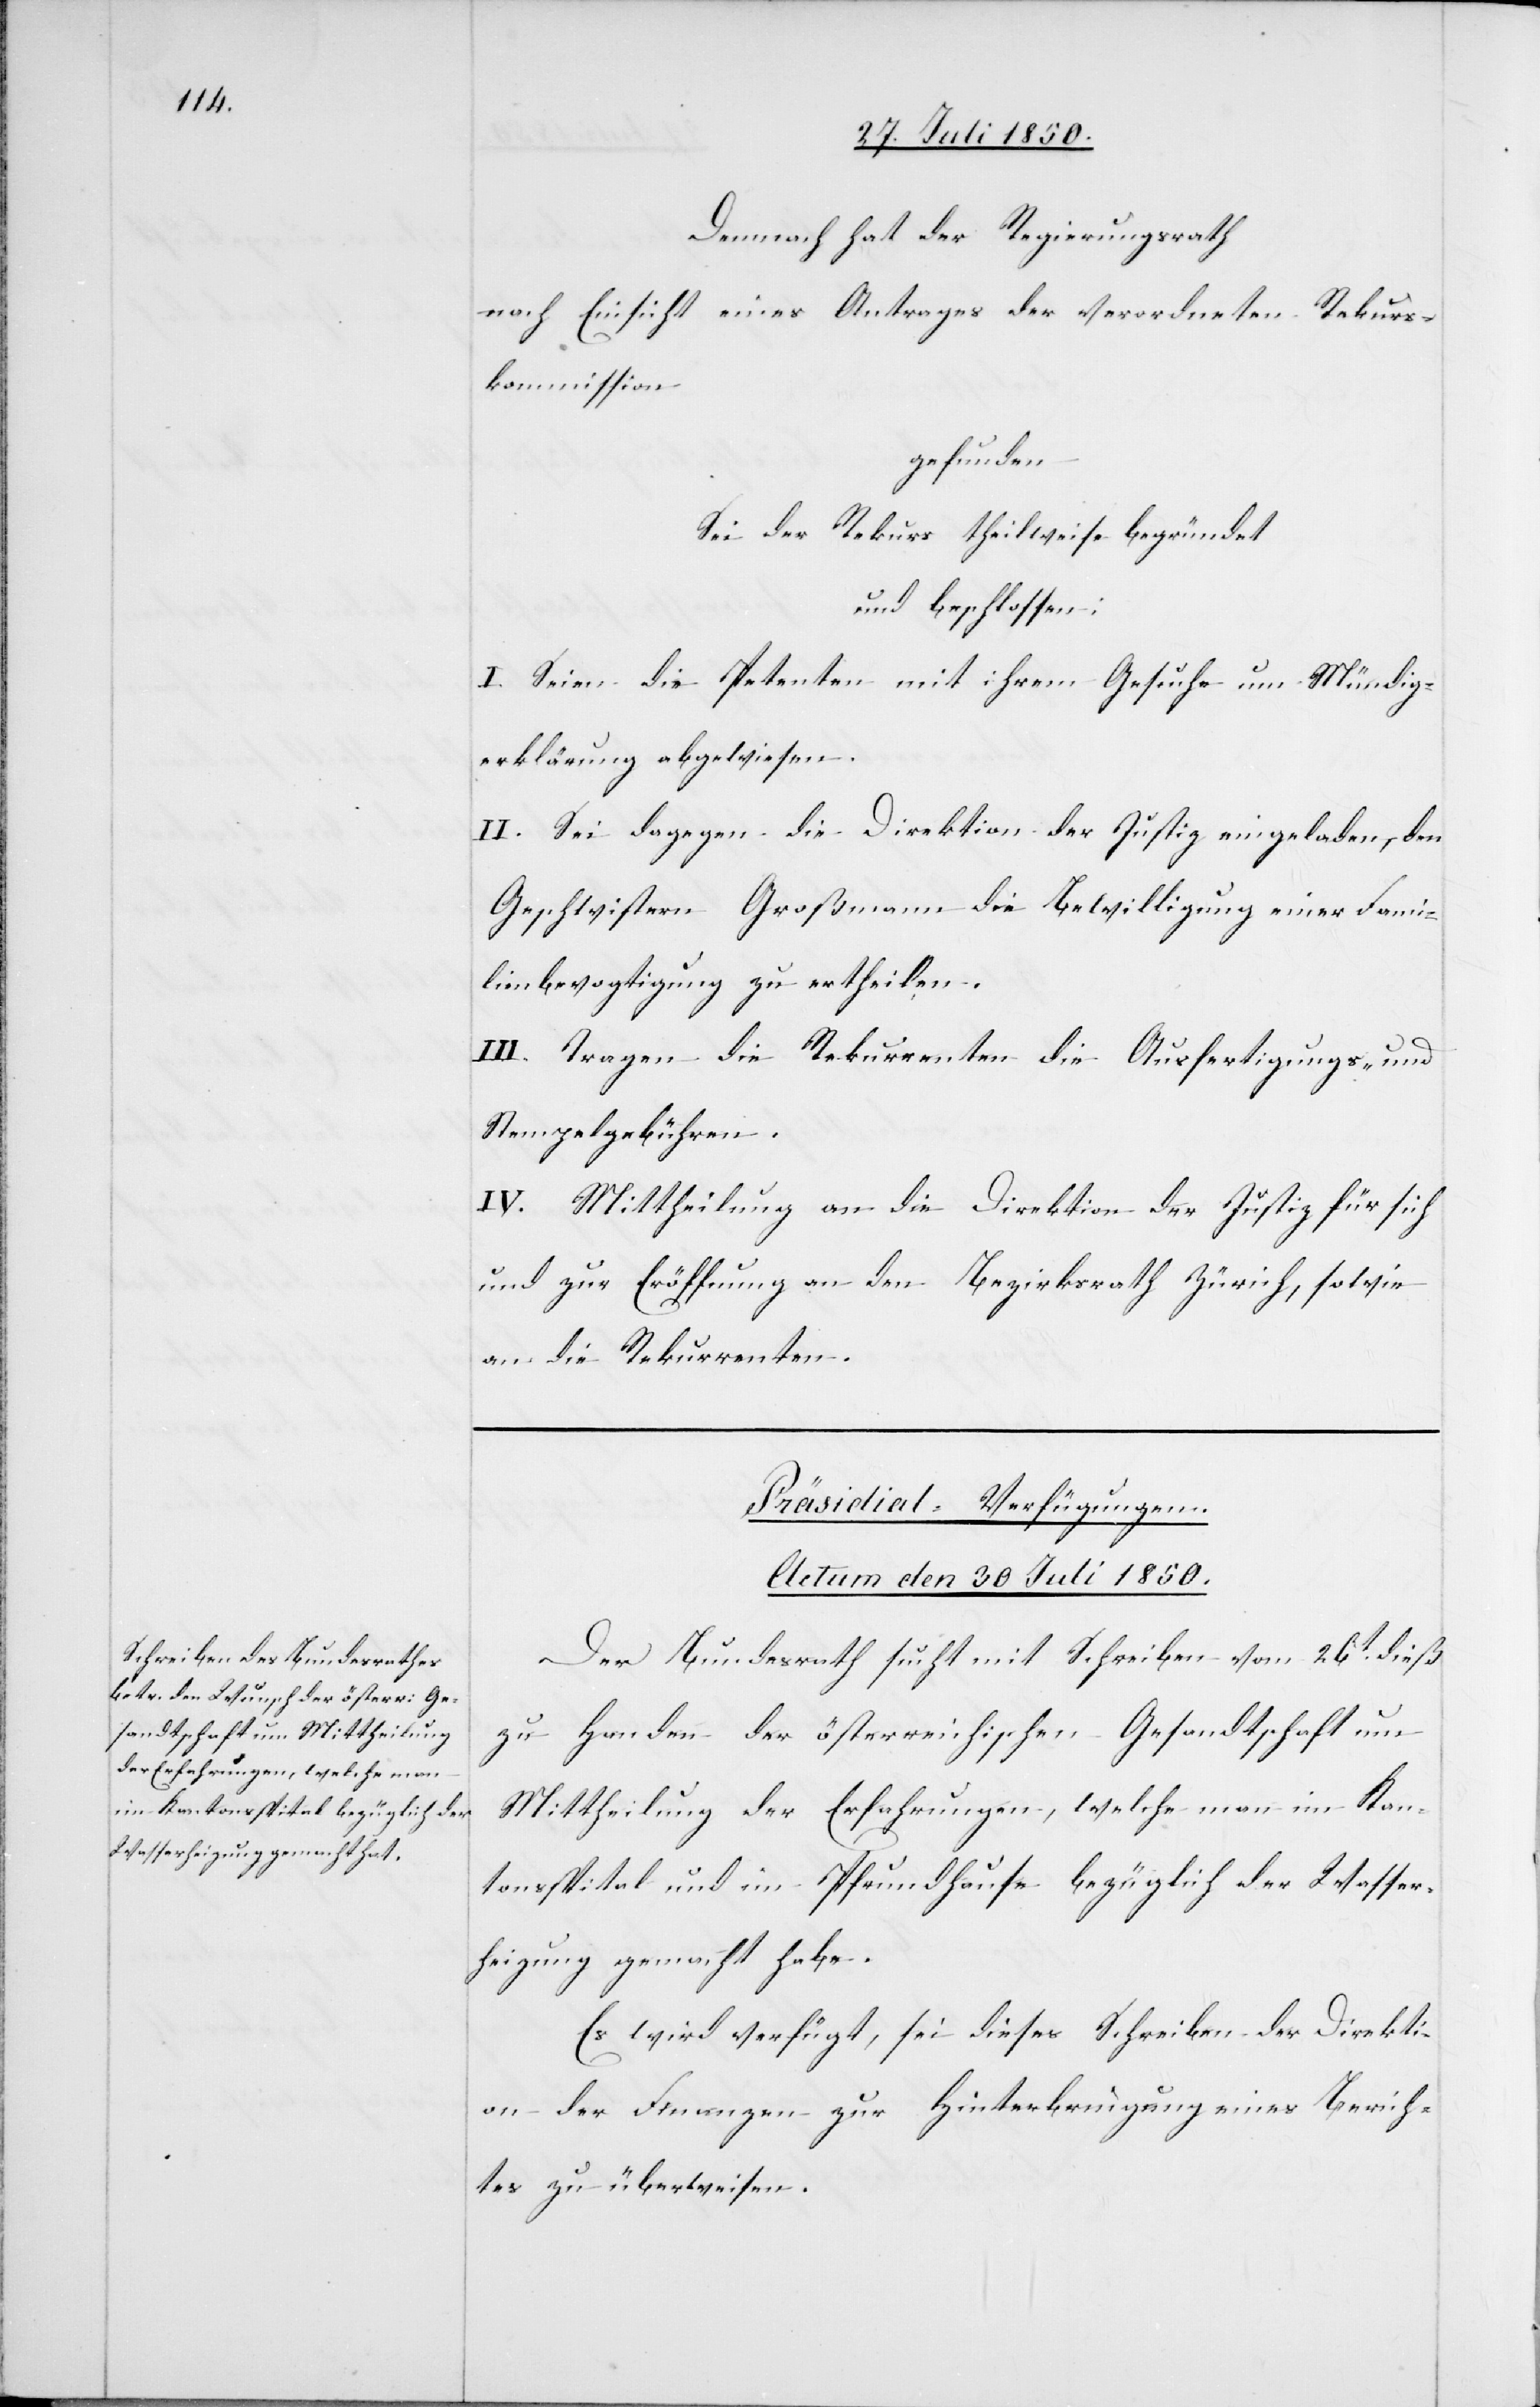
Demnach hat der Regierungsrath
nach Einsicht eines Antrages der verordneten Rekurs¬
kommission
gefunden
Sei der Rekurs theilweise begründet
und beschlossen:
I. Seien die Petenten mit ihrem Gesuche um Mündig¬
erklärung abgewiesen.
II. Sei dagegen die Direktion der Justiz eingeladen, den
Geschwistern Großmann die Bewilligung einer Fami¬
lienbevogtigung zu ertheilen.
III. Tragen die Rekurrenten die Ausfertigungs- und
Stempelgebühren.
IV. Mittheilung an die Direktion der Justiz für sich
und zur Eröffnung an den Bezirksrath Zürich, sowie
an die Rekurrenten.
Präsidial-Verfügungen.
Actum den 30 Juli 1850.
Der Bundesrath sucht mit Schreiben vom 26t dieß
zu Handen der österreichischen Gesandtschaft um
Mittheilung der Erfahrungen, welche man im Kan¬
tonsspital und im Pfrundhause bezüglich der Wasser¬
heizung gemacht habe.
Es wird verfügt, sei dieses Schreiben der Direkti¬
on der Finanzen zur Hinterbringung eines Berich¬
tes zu überweisen.